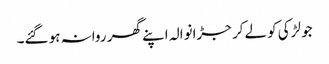
جو لڑکی کو لےکر جڑانوالہ اپنے گھر روانہ ہو گئے۔